Civil Veterinary Dept. Assam report 1927-50 - 1927-1950
Year: 1927
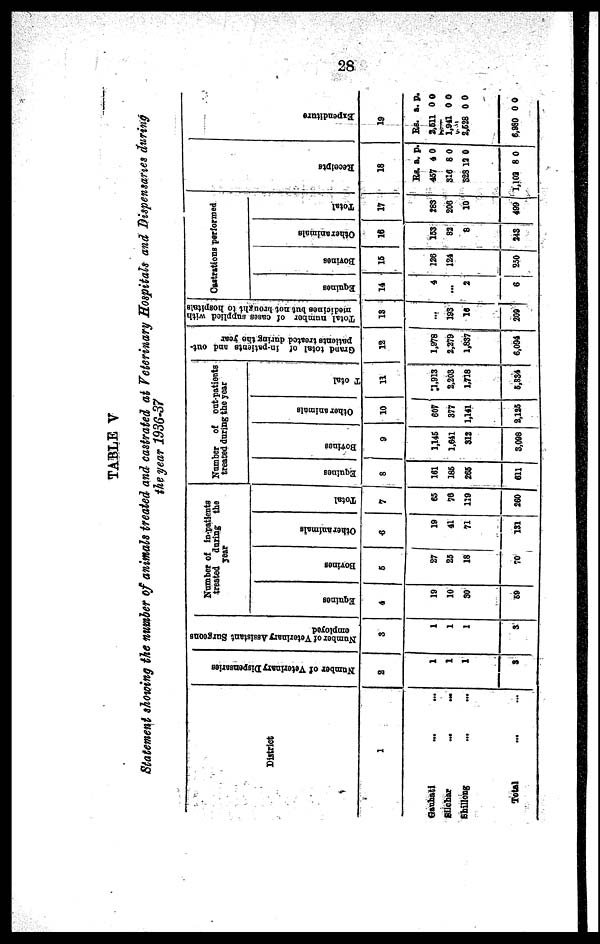
28
TABLE V
Statement showing the number of animals treated and castrated at Veterinary Hospitals and dispensaries during
the year 1936-37
District
1
Gauhati
... ...
Silchar ... ...
Shillong ... ...
Total
...
...
Number of Veterinary Dispensaries
2
1
1
1
3
Number of Veterinary Assistant Surgeons
employed
3
1
1
1
3
Number of in-patients
treated
during the
year
Equines
4
19
10
30
59
Bovines
6
27
25
18
70
Other animals
6
19
41
71
151
Total
7
65
76
119
260
Number
of out-patients
treated during the year
Equines
8
161
186
266
611
Bovines
9
1,146
1,641
312
3,098
Other animals
10
607
377
1,141
2,125
Total
11
1,913
2,203
1,718
5,834
Grand total of in-patients and out-
patients treated during the year
12
1,978
2,279
1,837
6,094
Total number of cases supplied with
medicines but not brought to hospitals
13
...
193
16
209
Castrations performed
Equines
14
4
...
2
6
Bovines
16
126
124
...
250
Other animals
16
163
88
8
243
Total
17
283
206
10
499
Receipts
18
Rs.
457
316
328
1,102
a.
4
8
12
8
p.
0
0
0
0
Expe ndi t
ur e
19
Rs.
2,511
1,941
2,628
6,280
a.
0
0
0
0
p.
0
0
0
0